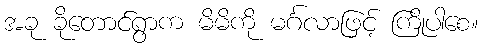
အခု ခိုတောင်ရွာက မိမိကို မင်္ဂလာဖြင့် ကြိုပါစေ။